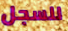
للسجل